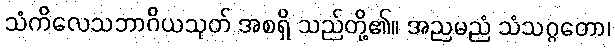
သံကိလေသဘာဂိယသုတ် အစရှိ သည်တို့၏။ အညမညံ သံသဂ္ဂတော၊